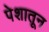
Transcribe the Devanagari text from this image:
पेशातून